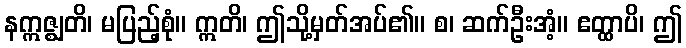
နဣဇ္ဈတိ၊ မပြည့်စုံ။ ဣတိ၊ ဤသို့မှတ်အပ်၏။ စ၊ ဆက်ဦးအံ့။ ဧတ္ထာပိ၊ ဤ